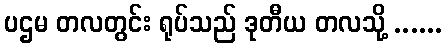
ပဌမ တလတွင်း ရုပ်သည် ဒုတီယ တလသို့ ......